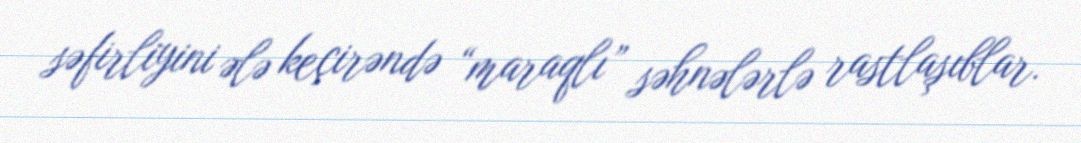
səfirliyini ələ keçirəndə “maraqlı” səhnələrlə rastlaşıblar.